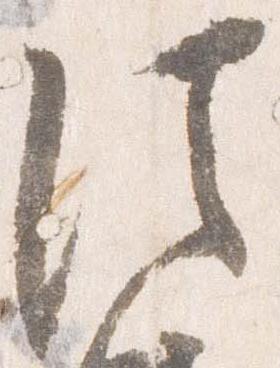
法